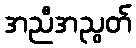
အညီအညွတ်